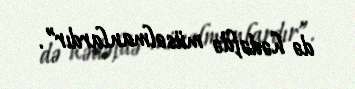
də hədəfdə müsəlmanlardır”.